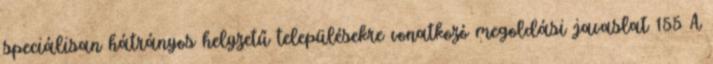
speciálisan hátrányos helyzetű településekre vonatkozó megoldási javaslat 155 A